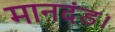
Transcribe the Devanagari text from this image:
मानदंड।